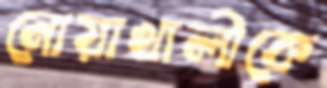
নোয়াখালীকে